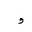
Letter: _waw